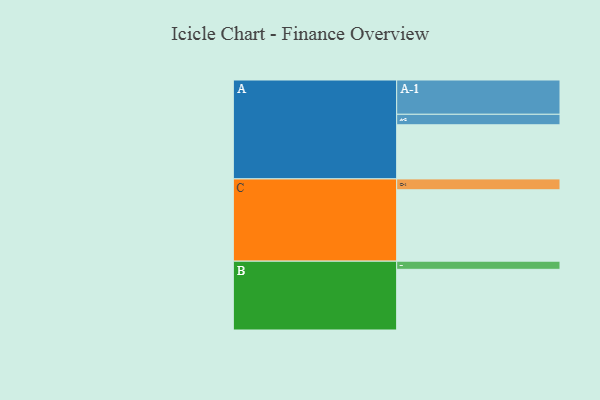
{"axis": {"x": "Segment", "y": "Value"}, "legend": ["", "A", "B", "C"], "data": [{"x": "A", "y": 439, "type": ""}, {"x": "B", "y": 492, "type": ""}, {"x": "C", "y": 579, "type": ""}, {"x": "A-1", "y": 278, "type": "A"}, {"x": "A-2", "y": 85, "type": "A"}, {"x": "B-1", "y": 66, "type": "B"}, {"x": "C-1", "y": 88, "type": "C"}]}